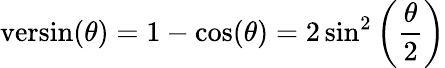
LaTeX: {\textrm{versin}}(\theta)=1-\cos(\theta)=2\sin^{2}\left({\frac{\theta}{2}}\right)